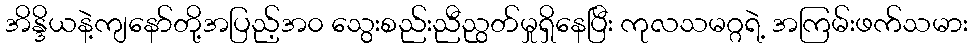
အိန္ဒိယနဲ့ကျနော်တို့အပြည့်အ၀ သွေးစည်းညီညွတ်မှုရှိနေပြီး ကုလသမဂ္ဂရဲ့ အကြမ်းဖက်သမား